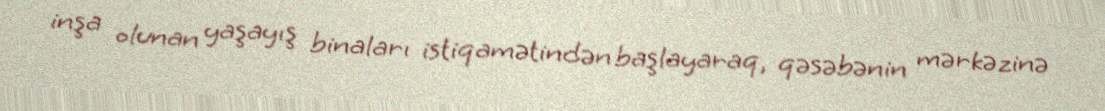
inşa olunan yaşayış binaları istiqamətindən başlayaraq, qəsəbənin mərkəzinə